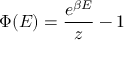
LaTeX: \Phi ( E ) = { \frac { e ^ { \beta E } } { z } } - 1